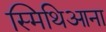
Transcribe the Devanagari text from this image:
स्मिथिआना